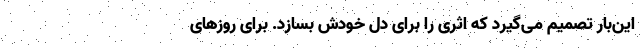
این‌بار تصمیم می‌گیرد که اثری را برای دل خودش بسازد. برای روز‌های